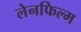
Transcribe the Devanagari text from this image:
लेनफिल्म